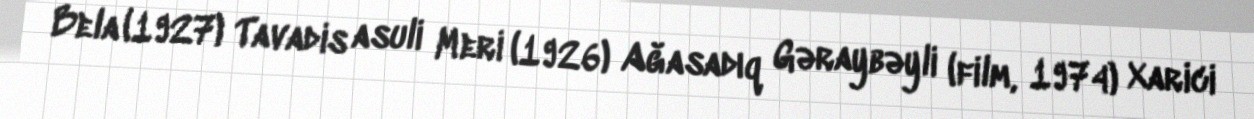
Bela (1927) Tavadis asuli Meri (1926) Ağasadıq Gəraybəyli (film, 1974) Xarici